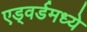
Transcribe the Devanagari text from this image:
एड्वर्डमध्ये